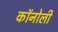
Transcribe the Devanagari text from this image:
कॉनोली